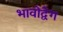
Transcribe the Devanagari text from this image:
भावोद्वेग